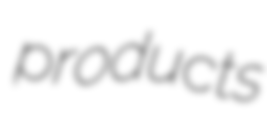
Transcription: products